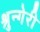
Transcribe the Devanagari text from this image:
श्रुन्गेरी